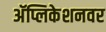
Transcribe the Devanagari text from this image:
अॅप्लिकेशनवर